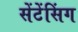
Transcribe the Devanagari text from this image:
सेंटेंसिंग